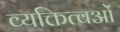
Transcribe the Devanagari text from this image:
व्यक्तित्वओं